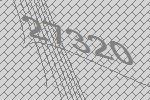
27320